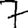
Digit: 7